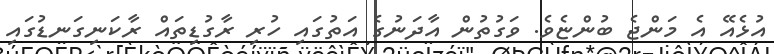
އުޅެއޭ އެ މަންޖެ ބުންޏެވެ. ވަގުތުން އާދަނުގެ އަތުގައި ހުރި ރާގުޑިތައް ރާކަނިގަނޑުގައި